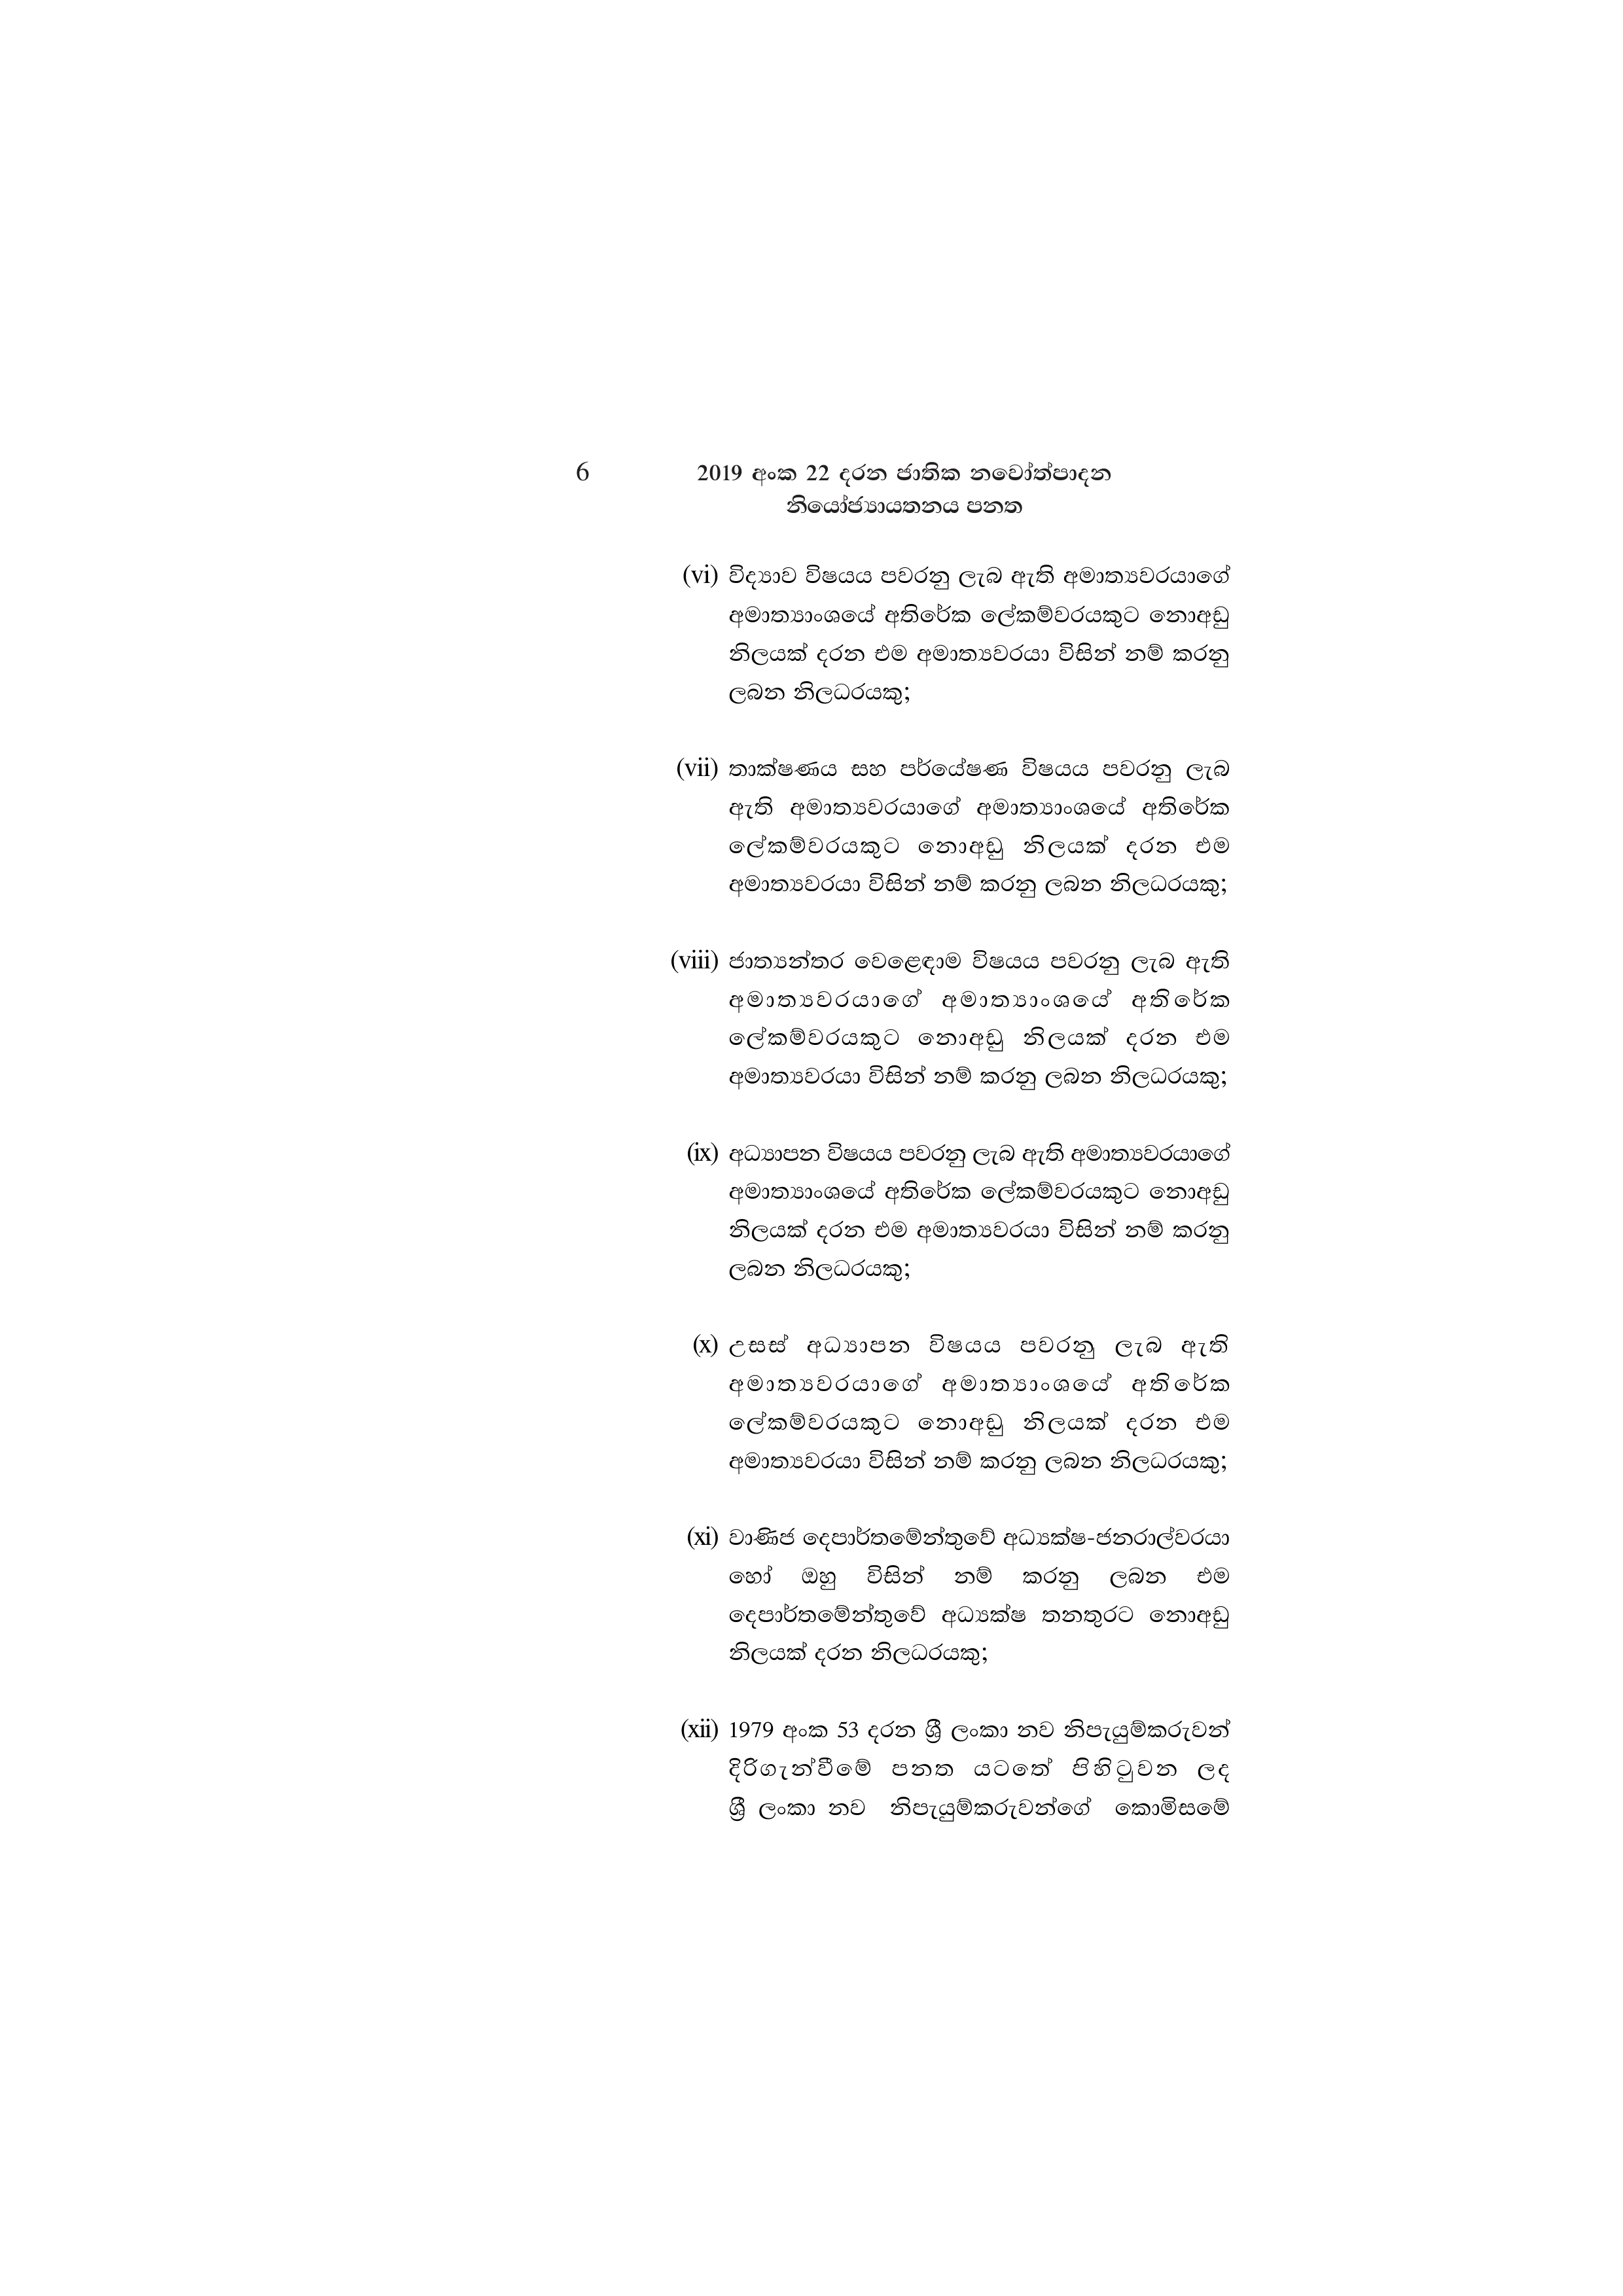
6 2019 අංක 22 දරන ජාතික නවෝත්පාදන
නියෝජ්‍යායතනය පනත

(vi) විද්‍යාව විෂයය පවරනු ලැබ ඇති අමාත්‍යවරයාගේ
අමාත්‍යාංශයේ අතිරේක ලේකම්වරයකුට නොඅඩු
නිලයක් දරන එම අමාත්‍යවරයා විසින් නම් කරනු
ලබන නිලධරයකු;

(vii) තාක්ෂණය සහ පර්යේෂණ විෂයය පවරනු ලැබ
ඇති අමාත්‍යවරයාගේ අමාත්‍යාංශයේ අතිරේක
ලේකම්වරයකුට නොඅඩු නිලයක් දරන එම
අමාත්‍යවරයා විසින් නම් කරනු ලබන නිලධරයකු;

(viii) ජාත්‍යන්තර වෙළෙඳාම විෂයය පවරනු ලැබ ඇති
අමාත්‍යවරයාගේ අමාත්‍යාංශයේ අතිරේක
ලේකම්වරයකුට නොඅඩු නිලයක් දරන එම
අමාත්‍යවරයා විසින් නම් කරනු ලබන නිලධරයකු;

(ix) අධ්‍යාපන විෂයය පවරනු ලැබ ඇති අමාත්‍යවරයාගේ
අමාත්‍යාංශයේ අතිරේක ලේකම්වරයකුට නොඅඩු
නිලයක් දරන එම අමාත්‍යවරයා විසින් නම් කරනු
ලබන නිලධරයකු;

(x) උසස් අධ්‍යාපන _විෂයය_පවරනු ලැබ ඇති
අමාත්‍යවරයාගේ අමාත්‍යාංශයේ අතිරේක
ලේකම්වරයකුට නොඅඩු නිලයක් දරන එම
අමාත්‍යවරයා විසින් නම් කරනු ලබන නිලධරයකු;

(xi) වාණිජ දෙපාර්තමේන්තුවේ අධ්‍යක්ෂ-ජනරාල්වරයා
හෝ ඔහු විසින් නම් කරනු ලබන එම
දෙපාර්තමේන්තුවේ අධ්‍යක්ෂ තනතුරට නොඅඩු
නිලයක් දරන නිලධරයකු;

(xii) 1979 අංක 53 දරන ශ්‍රී ලංකා නව නිපැයුම්කරුවන්
දිරිගැන්වීමේ‍ පනත යටතේ පිහිටුවන ලද
ශ්‍රී ලංකා නව නිපැයුම්කරුවන්ගේ කොමිසමේ